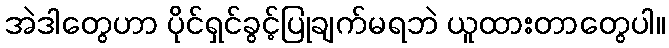
အဲဒါတွေဟာ ပိုင်ရှင်ခွင့်ပြုချက်မရဘဲ ယူထားတာတွေပါ။